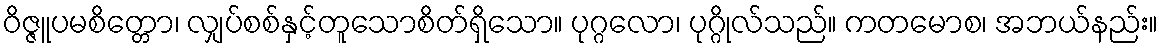
ဝိဇ္ဇူပမစိတ္တော၊ လျှပ်စစ်နှင့်တူသောစိတ်ရှိသော။ ပုဂ္ဂလော၊ ပုဂ္ဂိုလ်သည်။ ကတမောစ၊ အဘယ်နည်း။